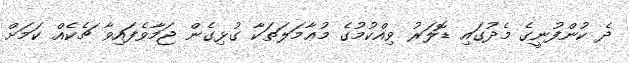
ދެ ކުންފުނީގެ މެދުގައި ޑޮލަރު ވިއްކުމުގެ މުޢާމަލަތަކާ ގުޅިގެން ޖަމާވެފައިވާ ޗެކެއް ކަމަށް